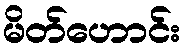
မိတ်ဟောင်း